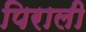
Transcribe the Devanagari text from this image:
पिराली